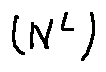
( N ^ { L } )